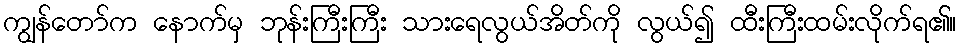
ကျွန်တော်က နောက်မှ ဘုန်းကြီးကြီး သားရေလွယ်အိတ်ကို လွယ်၍ ထီးကြီးထမ်းလိုက်ရ၏။